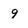
Character: 9